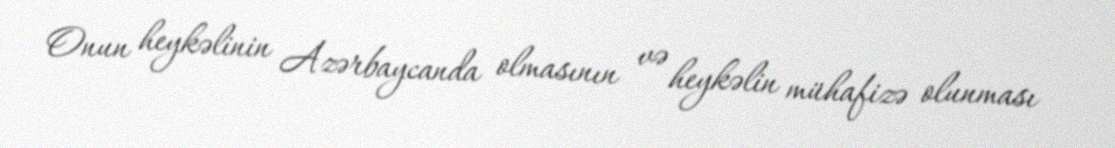
Onun heykəlinin Azərbaycanda olmasının və heykəlin mühafizə olunması